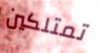
تمتلكين